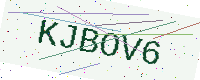
Text: KJBOV6